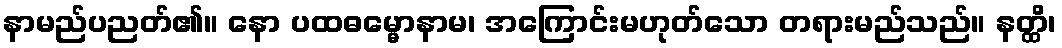
နာမည်ပညတ်၏။ နော ပထဓမ္မောနာမ၊ အကြောင်းမဟုတ်သော တရားမည်သည်။ နတ္ထိ၊